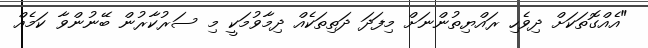
"އެއްގޮތަކަށް ދިވެހި ރައްޔިތުންނަށް މިފަދަ ދަތިތަކެއް ދިމާވުމަކީ މި ސަރުކާރުން ބޭނުންވާ ކަމެއް